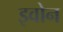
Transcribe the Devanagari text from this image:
इवोन